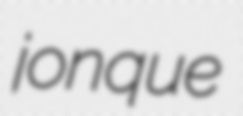
jonque